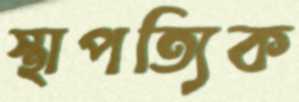
স্থাপত্যিক